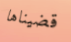
قضيناها